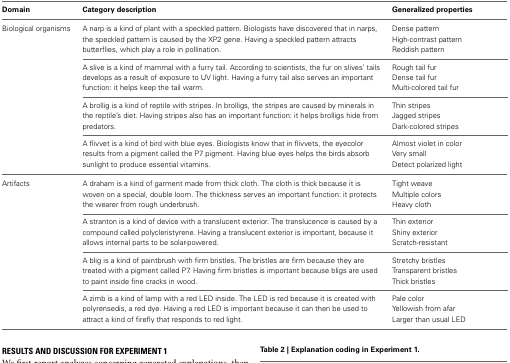
<table><thead><tr><td><b>Domain</b></td><td><b>Category description</b></td><td><b>Generalized properties</b></td></tr></thead><tbody><tr><td>Biological organisms</td><td rowspan="3">A narp is a kind of plant with a speckled pattern. Biologists have discovered that in narps, the speckled pattern is caused by the XP2 gene. Having a speckled pattern attracts butterflies, which play a role in pollination.</td><td>Dense pattern</td></tr><tr><td></td><td>High-contrast pattern</td></tr><tr><td></td><td>Reddish pattern</td></tr><tr><td></td><td rowspan="3">A slive is a kind of mammal with a furry tail. According to scientists, the fur on slives&#x27; tails develops as a result of exposure to UV light. Having a furry tail also serves an important function: it helps keep the tail warm.</td><td>Rough tail fur</td></tr><tr><td></td><td>Dense tail fur</td></tr><tr><td></td><td>Multi-colored tail fur</td></tr><tr><td></td><td rowspan="3">A brollig is a kind of reptile with stripes. In brolligs, the stripes are caused by minerals in the reptile&#x27;s diet. Having stripes also has an important function: it helps brolligs hide from predators.</td><td>Thin stripes</td></tr><tr><td></td><td>Jagged stripes</td></tr><tr><td></td><td>Dark-colored stripes</td></tr><tr><td></td><td rowspan="3">A flivvet is a kind of bird with blue eyes. Biologists know that in flivvets, the eyecolor results from a pigment called the P7 pigment. Having blue eyes helps the birds absorb sunlight to produce essential vitamins.</td><td>Almost violet in color</td></tr><tr><td></td><td>Very small</td></tr><tr><td></td><td>Detect polarized light</td></tr><tr><td>Artifacts</td><td rowspan="3">A draham is a kind of garment made from thick cloth. The cloth is thick because it is woven on a special, double loom. The thickness serves an important function: it protects the wearer from rough underbrush.</td><td>Tight weave</td></tr><tr><td></td><td>Multiple colors</td></tr><tr><td></td><td>Heavy cloth</td></tr><tr><td></td><td rowspan="3">A stranton is a kind of device with a translucent exterior. The translucence is caused by a compound called polycleristyrene. Having a translucent exterior is important, because it allows internal parts to be solar-powered.</td><td>Thin exterior</td></tr><tr><td></td><td>Shiny exterior</td></tr><tr><td></td><td>Scratch-resistant</td></tr><tr><td></td><td rowspan="3">A blig is a kind of paintbrush with firm bristles. The bristles are firm because they are treated with a pigment called P7. Having firm bristles is important because bligs are used to paint inside fine cracks in wood.</td><td>Stretchy bristles</td></tr><tr><td></td><td>Transparent bristles</td></tr><tr><td></td><td>Thick bristles</td></tr><tr><td></td><td rowspan="3">A zimb is a kind of lamp with a red LED inside. The LED is red because it is created with polyrensedis, a red dye. Having a red LED is important because it can then be used to attract a kind of firefly that responds to red light.</td><td>Pale color</td></tr><tr><td></td><td>Yellowish from afar</td></tr><tr><td></td><td>Larger than usual LED</td></tr></tbody></table>